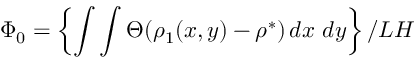
\Phi _ { 0 } = \left\{ \int \int \Theta ( \rho _ { 1 } ( x , y ) - \rho ^ { * } ) \, d x \ d y \right\} / L H